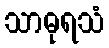
သာဓုရသံ